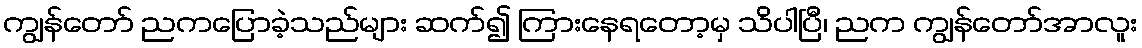
ကျွန်တော် ညကပြောခဲ့သည်များ ဆက်၍ ကြားနေရတော့မှ သိပါပြီ၊ ညက ကျွန်တော်အာလူး